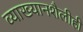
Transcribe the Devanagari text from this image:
व्याख्यानशैलीही